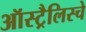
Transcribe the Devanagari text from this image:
ऑस्ट्रैलिस्चे